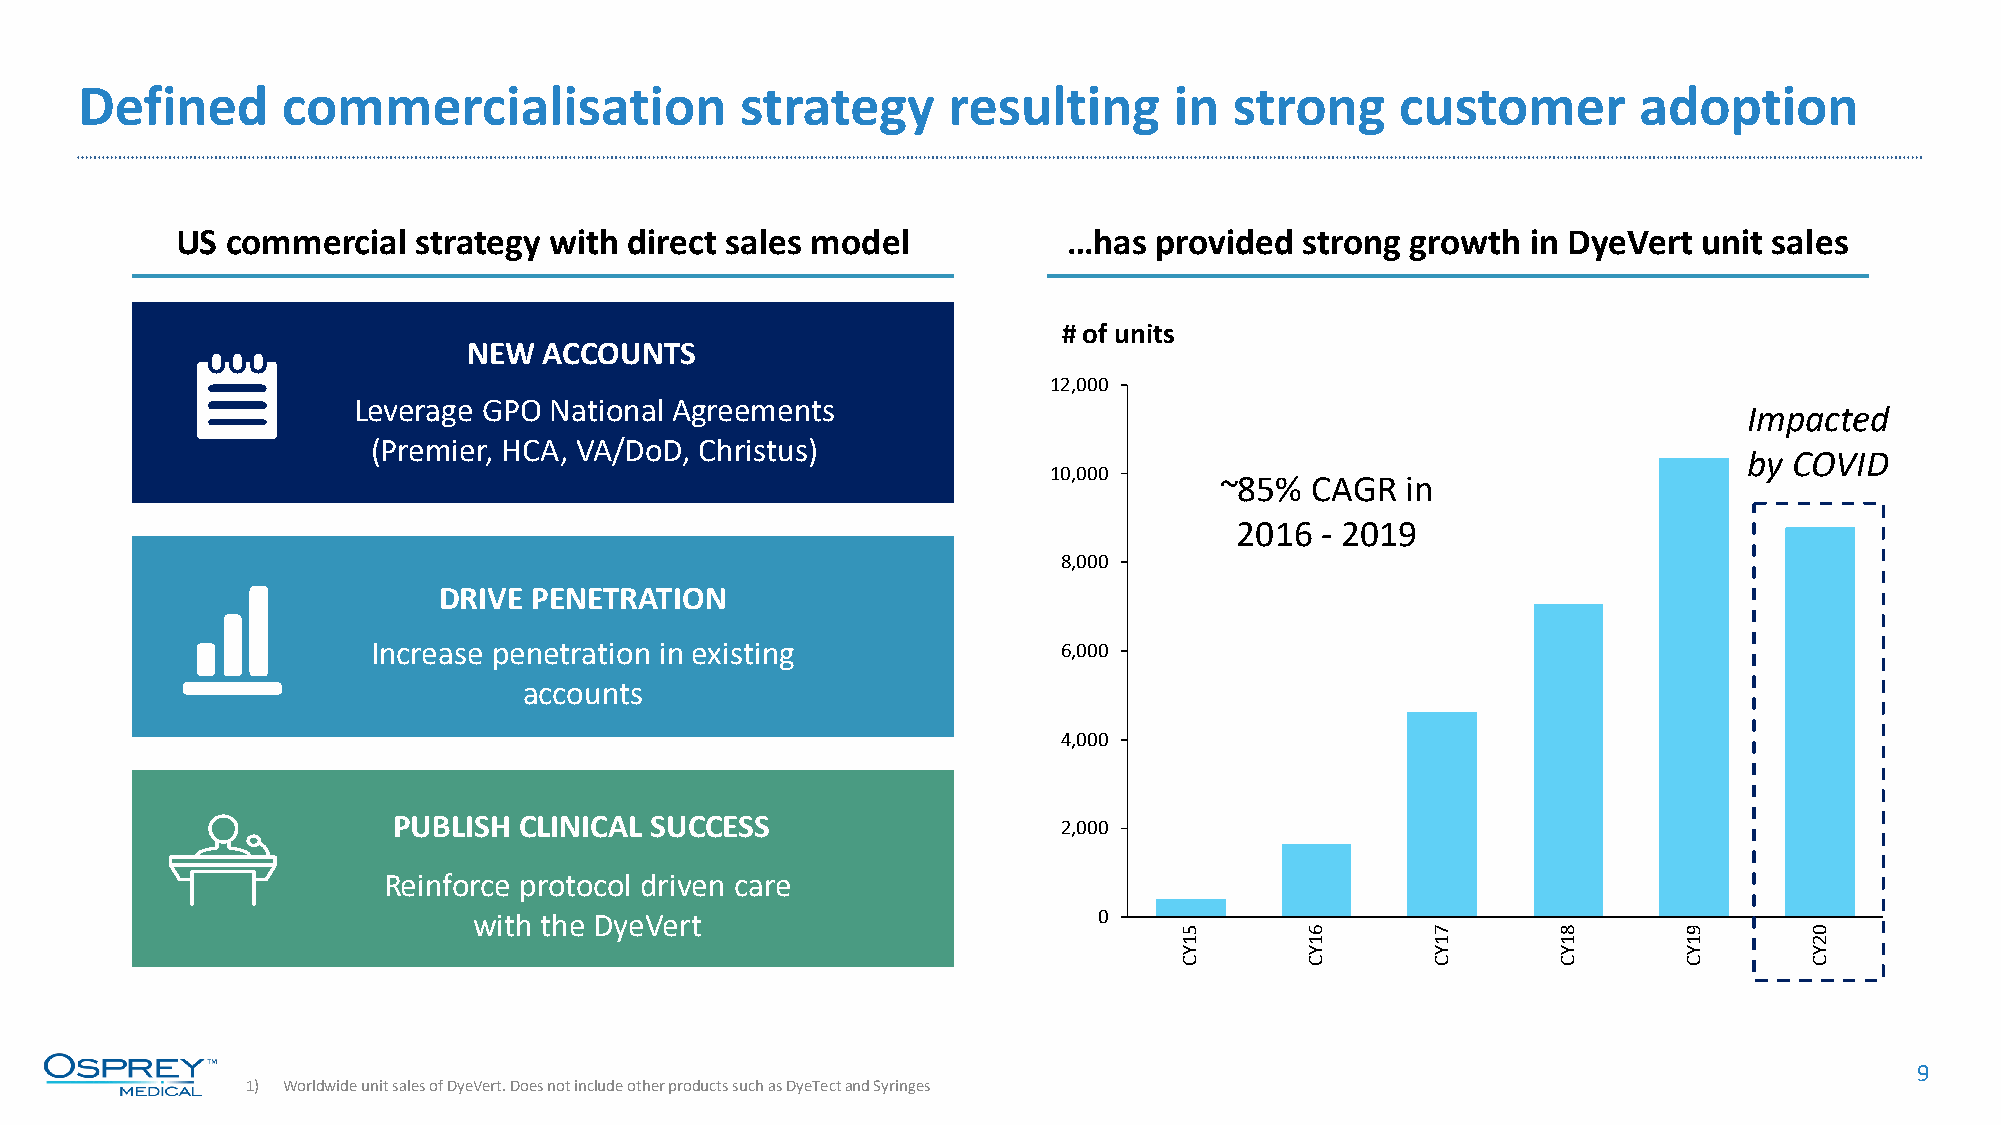
Defined       commercialisation             strategy      resulting      in  strong     customer       adoption
 US commercial   strategy with direct sales model           …has provided  strong growth  in DyeVert  unit sales
 # of units
 NEW  ACCOUNTS
 12,000
 Leverage GPO National Agreements                                                             Impacted
 (Premier, HCA, VA/DoD, Christus)
 by COVID
 10,000
 ~85%  CAGR  in
 2016 - 2019
 8,000
 DRIVE PENETRATION
 Increase penetration in existing             6,000
 accounts
 4,000
 PUBLISH CLINICAL SUCCESS                    2,000
 Reinforce protocol driven care
 with the DyeVert                          0
 9
 1) Worldwide unit sales of DyeVert. Does not include other products such as DyeTectand Syringes
 51YC     61YC    71YC    81YC     91YC    02YC